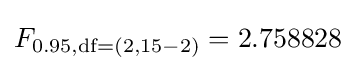
F_{0.95,{\text{df}}=(2,15-2)}=2.758828